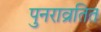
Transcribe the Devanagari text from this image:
पुनराव्रतित